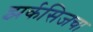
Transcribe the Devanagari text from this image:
झर्कसिजचा